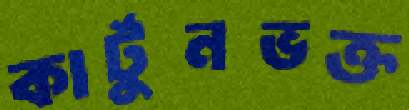
কার্টুনভক্ত